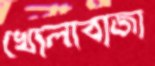
খোলাবাজা